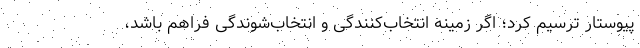
پیوستار ترسیم کرد؛ اگر زمینه انتخاب‌کنندگی و انتخاب‌شوندگی فراهم باشد،